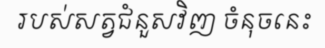
របស់សត្វជំនួសវិញ ចំនុចនេះ